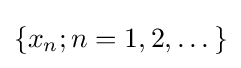
\{x_{n};n=1,2,\dots \}